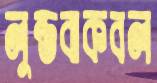
লুন্ডবাকবল